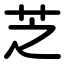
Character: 芝